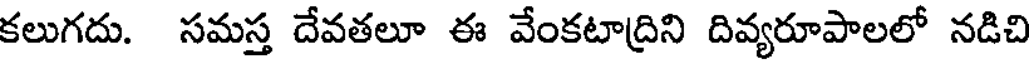
కలుగదు. సమస్త దేవతలూ ఈ వేంకటాద్రిని దివ్యరూపాలలో నడిచి